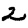
Digit: 2